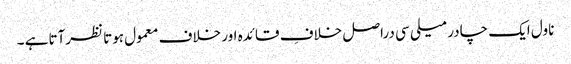
ناول ایک چادر میلی سی دراصل خلافِ قائدہ اور خلاف معمول ہوتا نظرآتاہے ۔